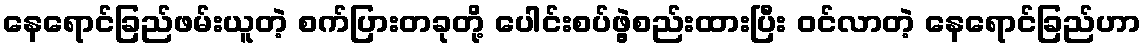
နေရောင်ခြည်ဖမ်းယူတဲ့ စက်ပြားတခုတို့ ပေါင်းစပ်ဖွဲ့စည်းထားပြီး ဝင်လာတဲ့ နေရောင်ခြည်ဟာ